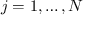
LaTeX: j = 1 , \dots , N